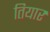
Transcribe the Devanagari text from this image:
तियार